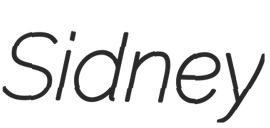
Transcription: Sidney